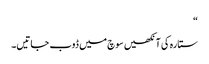
“
ستارہ کی آنکھیں سوچ میں ڈوب جاتیں۔